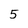
Character: 5